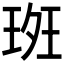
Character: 𰢀